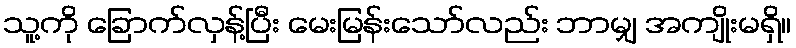
သူ့ကို ခြောက်လှန့်ပြီး မေးမြန်းသော်လည်း ဘာမျှ အကျိုးမရှိ။